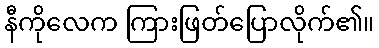
နီကိုလေက ကြားဖြတ်ပြောလိုက်၏။